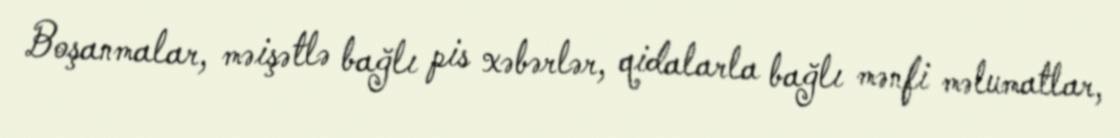
Boşanmalar, məişətlə bağlı pis xəbərlər, qidalarla bağlı mənfi məlumatlar,